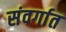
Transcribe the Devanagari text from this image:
संवर्गात